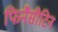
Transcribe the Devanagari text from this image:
फिनैसीटिन